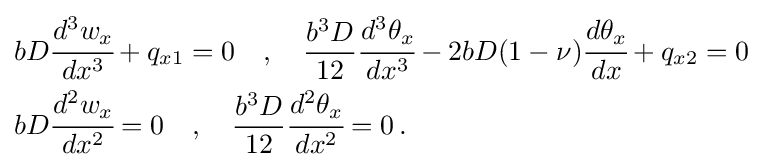
{\begin{aligned}&bD{\cfrac {d^{3}w_{x}}{dx^{3}}}+q_{x1}=0\quad ,\quad {\frac {b^{3}D}{12}}{\cfrac {d^{3}\theta _{x}}{dx^{3}}}-2bD(1-\nu ){\cfrac {d\theta _{x}}{dx}}+q_{x2}=0\\&bD{\cfrac {d^{2}w_{x}}{dx^{2}}}=0\quad ,\quad {\frac {b^{3}D}{12}}{\cfrac {d^{2}\theta _{x}}{dx^{2}}}=0\,.\end{aligned}}